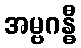
အမ္ဗဂန္ဓီ